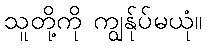
သူတို့ကို ကျွန်ုပ်မယုံ။